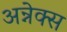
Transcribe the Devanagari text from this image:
अन्नेक्स